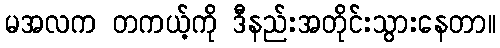
မအလက တကယ့်ကို ဒီနည်းအတိုင်းသွားနေတာ။